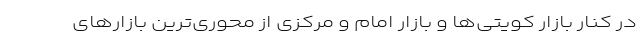
در کنار بازار کویتی‌ها و بازار امام و مرکزی از محوری‌ترین بازارهای